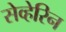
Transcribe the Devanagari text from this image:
सेव्हेरिन